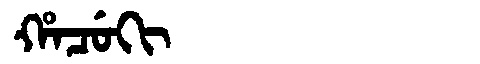
Manchu: ᡥᠠᠴᡠᡴᡳ
Romanization: HACUKI